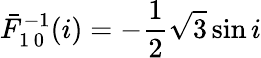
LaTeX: \bar{F}_{1\, 0}^{-1}(i)=-\frac{1}{2}\sqrt{3}\sin i